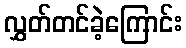
လွှတ်တင်ခဲ့ကြောင်း